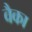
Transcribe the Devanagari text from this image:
वैका